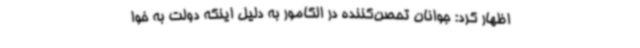
اظهار کرد: جوانان تحصن‌کننده در الکامور به دلیل اینکه دولت به خوا